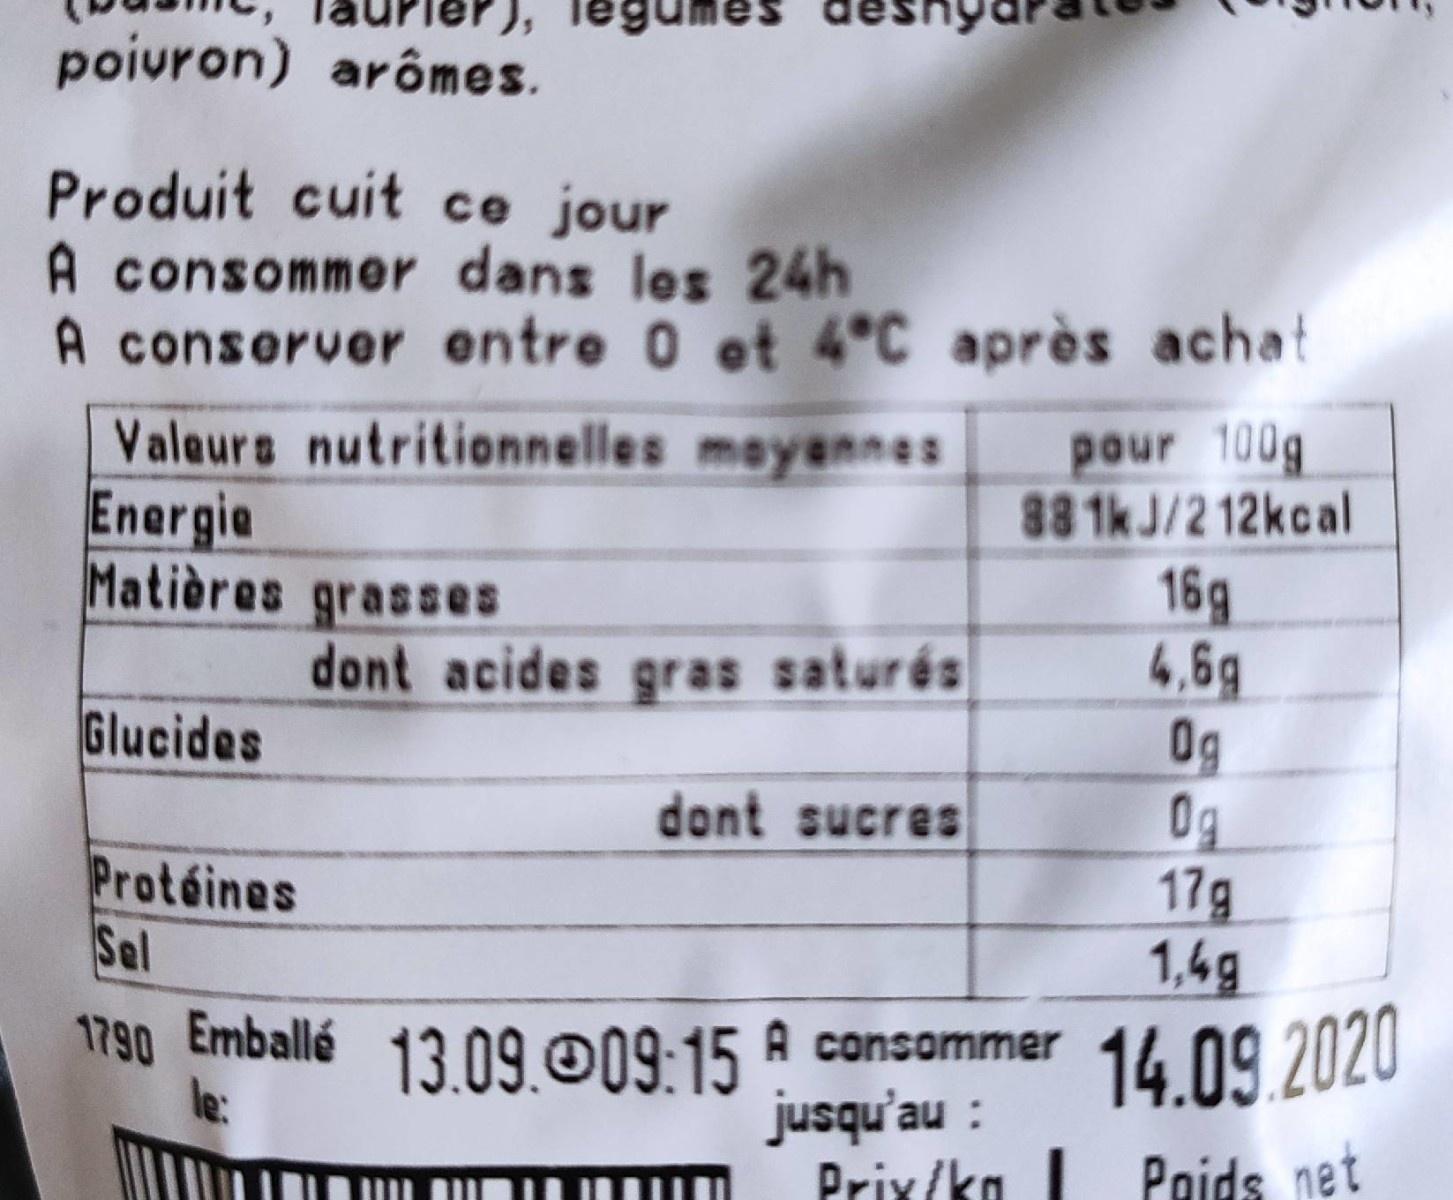
poivron) arômes.
ewnßei 1
Produit cuit ce jour A consommer dans les 24h A conserver entre 0 et 4 C après achat Valeurs nutritionnelles mayennes Energie Matières grasses
pour 100g 88 1kJ/2 12kcal 16g 4,6g 0g 0g 17g 1,4g
dont acides gras saturés
Glucides
dont sucres
Protéines Sel
1790 Emballé A consommer 14 09.2020 jusqu'au : Prix/ka I
13.09.009:15
le:
Poids net